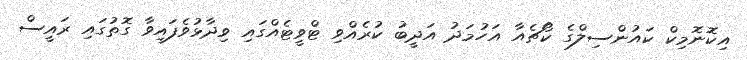
އިކޮނޮމިކް ކައުންސިލްގެ ކޯޗެއާ އަހުމަދު އަދީބު ކުރެއްވި ޓްވީޓެއްގައި ވިދާޅުވެފައިވާ ގޮތުގައި ރައީސް